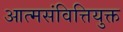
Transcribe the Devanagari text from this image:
आत्मसंवित्तियुक्त